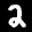
Label: 2